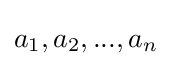
a_{1},a_{2},...,a_{n}